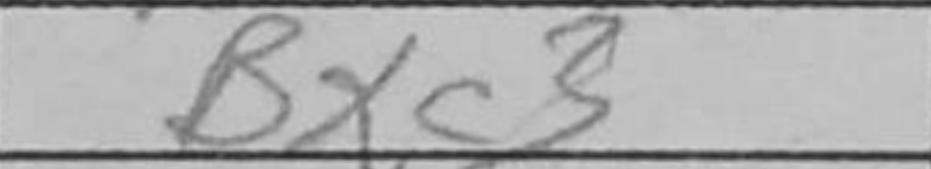
Transcription: Bxc3